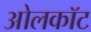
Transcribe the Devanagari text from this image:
ओलकॉट